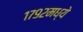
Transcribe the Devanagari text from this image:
१७९२मध्ये